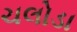
ચલોડા